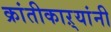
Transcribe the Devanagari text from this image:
क्रांतीकाऱ्यांनी